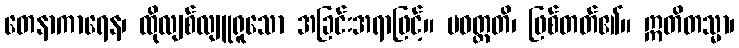
တေနာကာရေန၊ ထိုလျစ်လျူရူသော အခြင်းအရာဖြင့်။ ပဝတ္တတိ၊ ဖြစ်တတ်၏။ ဣတိတသ္မာ၊